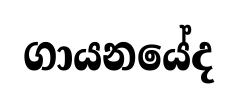
ගායනයේද